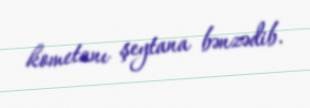
kometanı şeytana bənzədib.